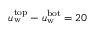
u _ { \mathrm { w } } ^ { \mathrm { t o p } } - u _ { \mathrm { w } } ^ { \mathrm { b o t } } = 2 0